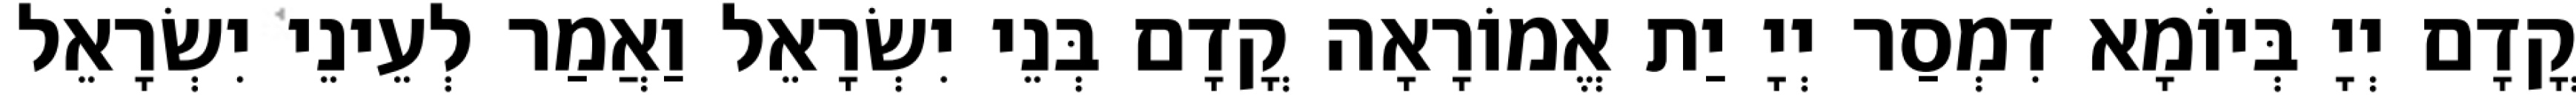
קֳדָם יְיָ בְּיוֹמָא דִמְסַר יְיָ יַת אֱמוֹרָאָה קֳדָם בְּנֵי יִשְׂרָאֵל וַאֲמַר לְעֵינֵי יִשְׂרָאֵל